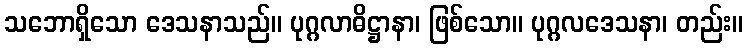
သဘောရှိသော ဒေသနာသည်။ ပုဂ္ဂလာဓိဋ္ဌာနာ၊ ဖြစ်သော။ ပုဂ္ဂလဒေသနာ၊ တည်း။